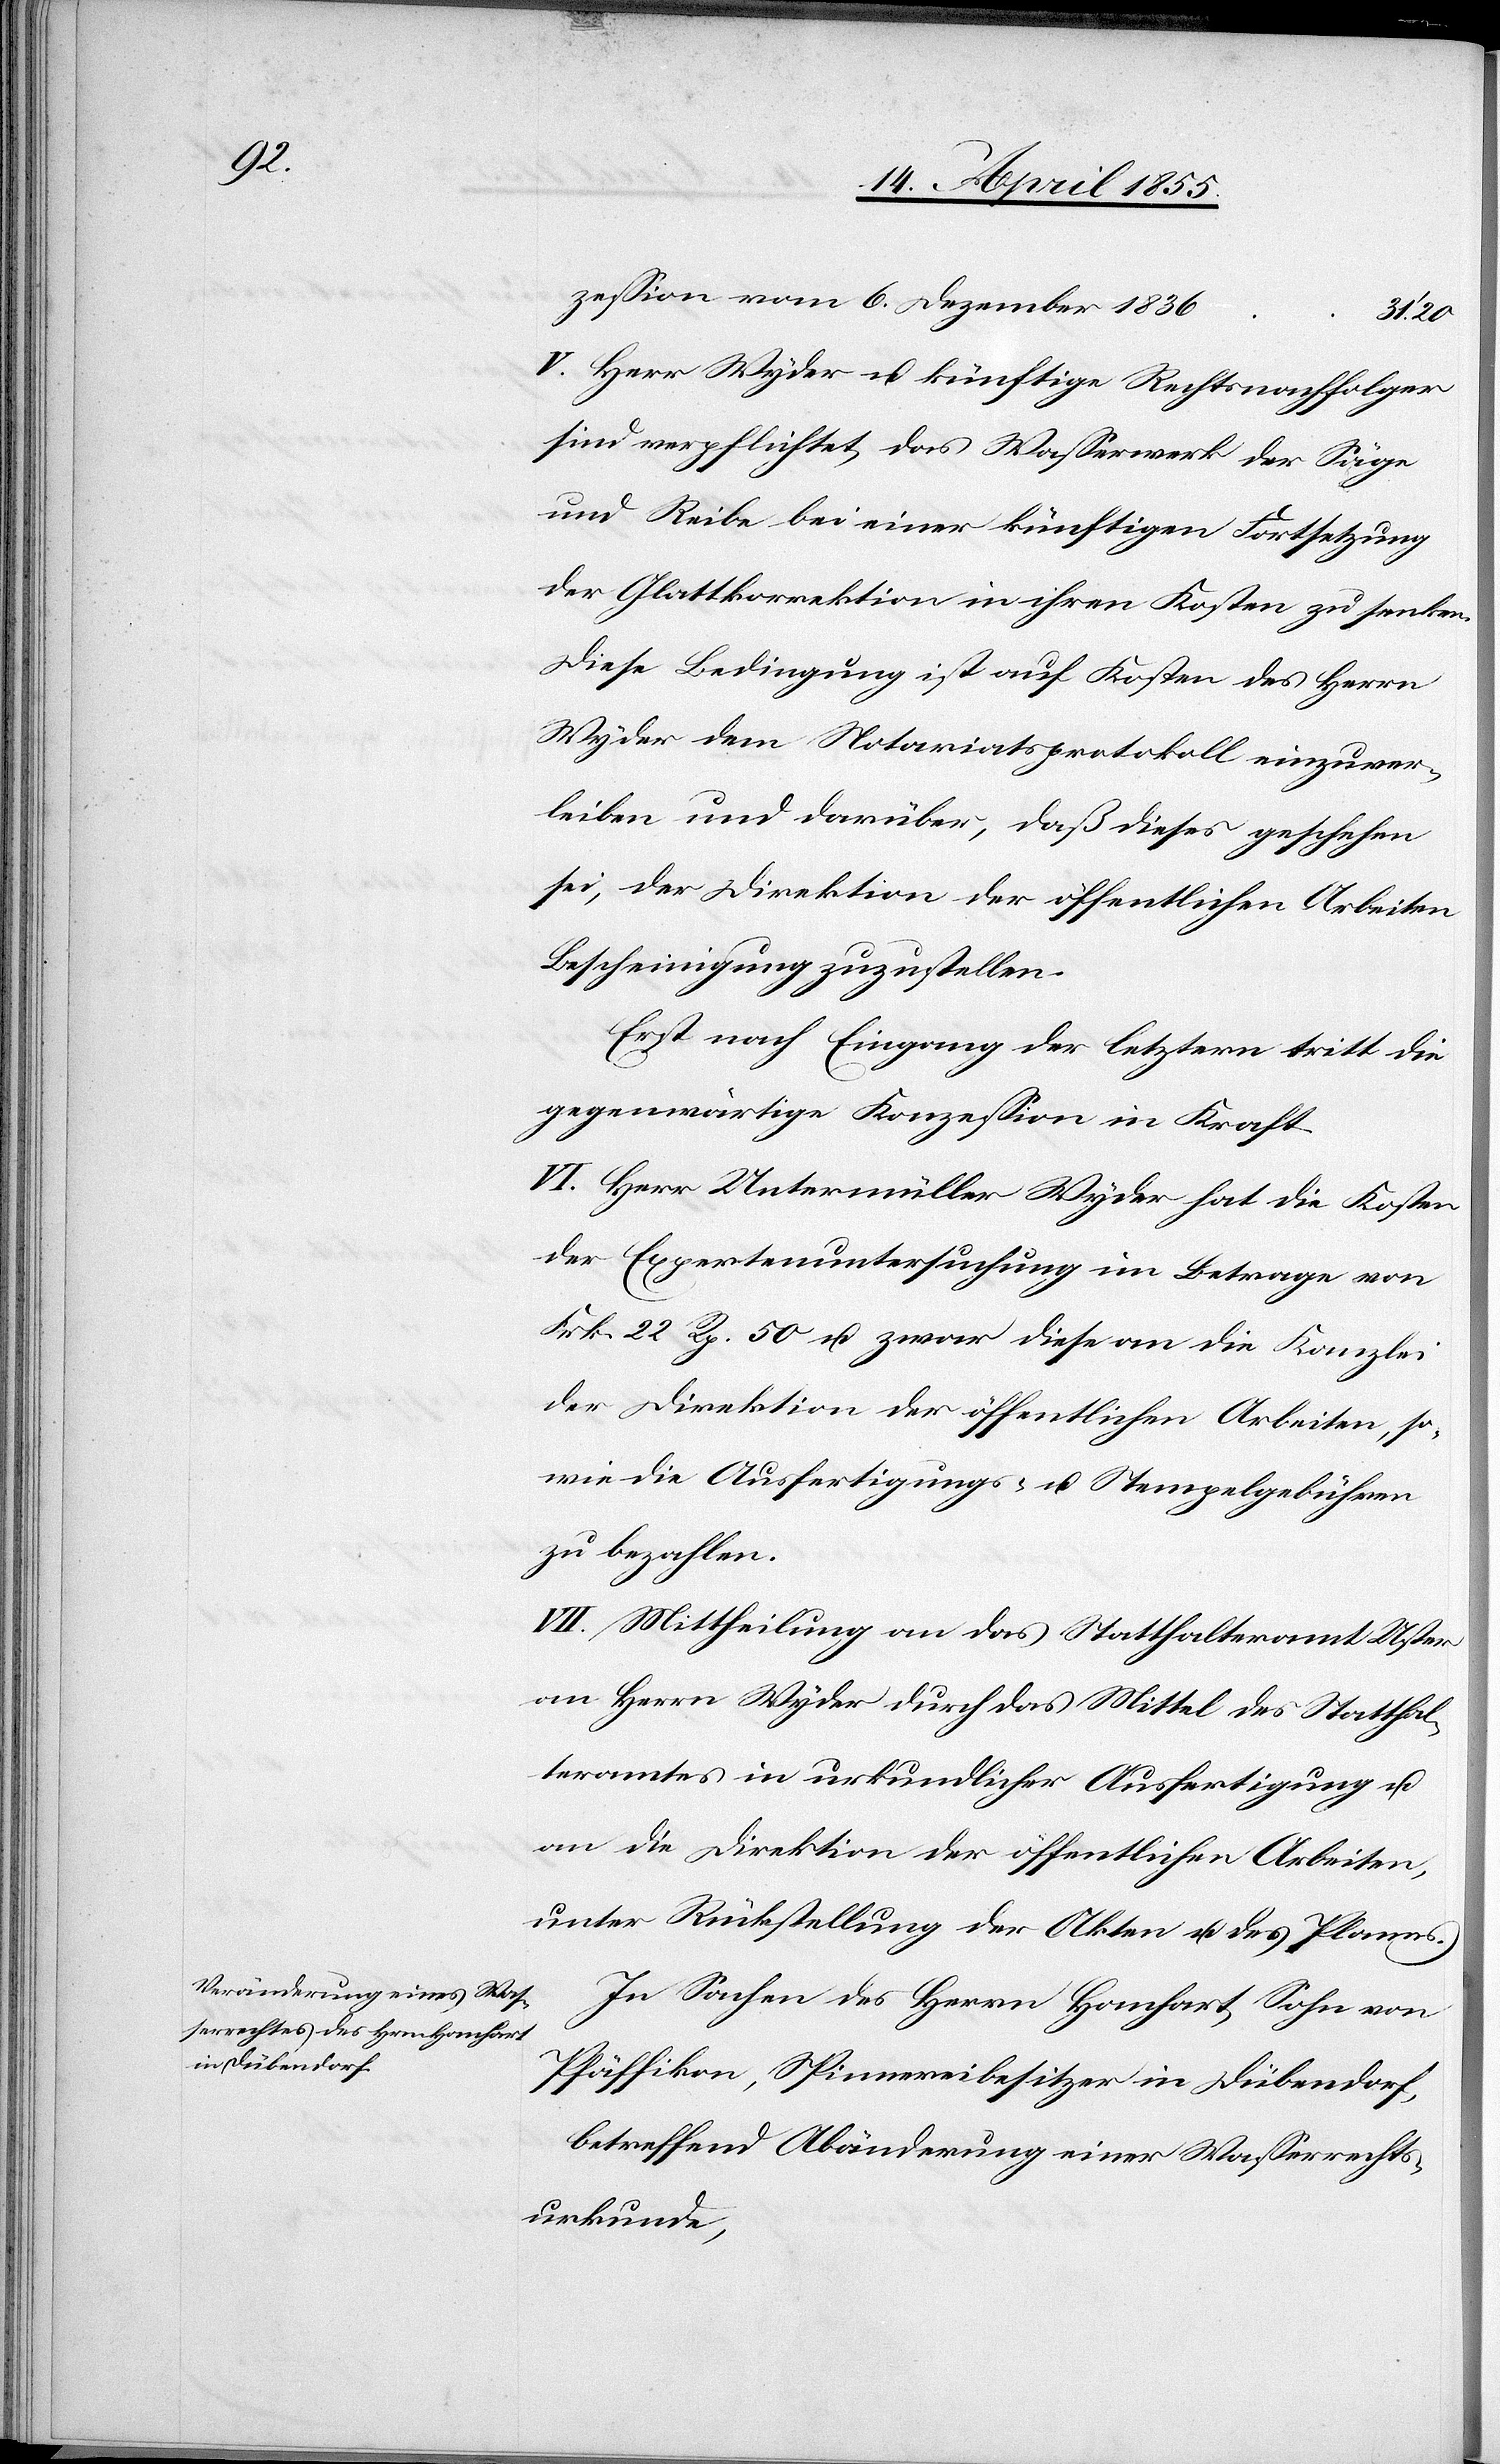
zession vom 6. Dezember 1836
20
V. Herr Wyder u. künftige Rechtsnachfolger
sind verpflichtet, das Wasserwerk der Säge
und Reibe bei einer künftigen Fortsetzung
der Glattkorrektion in ihren Kosten zu senken.
Diese Bedingung ist auf Kosten des Herrn
Wyder dem Notariatsprotokoll einzuver¬
leiben und darüber, daß dieses geschehen
sei, der Direktion der öffentlichen Arbeiten
Bescheinigung zuzustellen.
Erst nach Eingang der letztern tritt die
gegenwärtige Konzession in Kraft.
VI. Herr Untermüller Wyder hat die Kosten
der Expertenuntersuchung im Betrage von
Frk. 22 Rp. 50 u. zwar diese an die Kanzlei
der Direktion der öffentlichen Arbeiten, so¬
wie die Ausfertigungs- u. Stempelgebühren
zu bezahlen.
VII. Mittheilung an das Statthalteramt Uster[,]
an Herrn Wyder durch das Mittel des Statthal¬
teramtes in urkundlicher Ausfertigung u.
an die Direktion der öffentlichen Arbeiten,
unter Rückstellung der Akten u. des Planes.
In Sachen des Herrn Hanhart, Sohn von
Pfäffikon, Spinnereibesitzer in Dübendorf,
betreffend Abänderung einer Wasserrechts¬
urkunde,